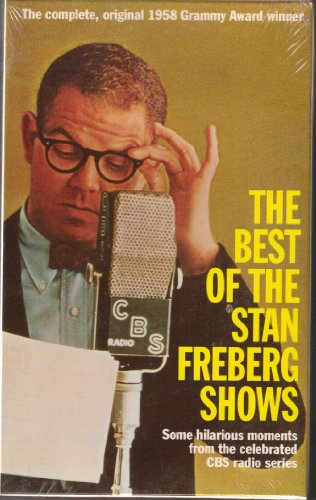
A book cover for The Best of the Stan Freberg Shows; Stan Freberg; Humor & Entertainment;